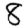
Digit: 8